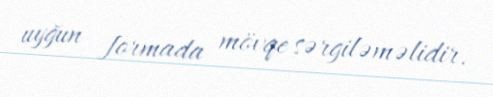
uyğun formada mövqe sərgiləməlidir.